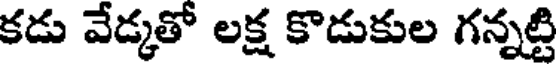
కడు వేడ్కతో లక్ష కొడుకుల గన్నట్టి